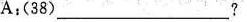
A:(38)__?